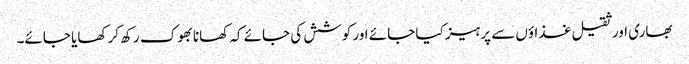
بھاری اور ثقیل غذاؤں سے پرہیز کیا جائے اور کوشش کی جائے کہ کھانا بھوک رکھ کر کھایا جائے۔